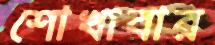
শোখাবার